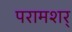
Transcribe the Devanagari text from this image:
परामशर्